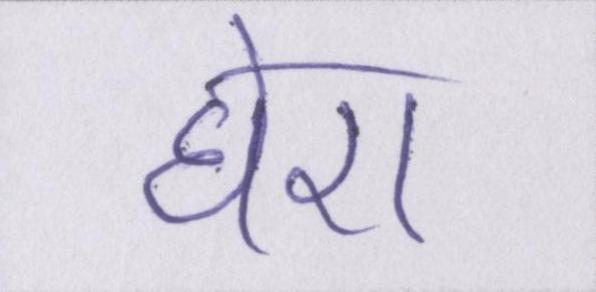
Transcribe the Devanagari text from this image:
घेरा।